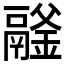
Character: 𩱉